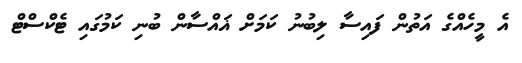
އެ މީހެއްގެ އަތުން ފައިސާ ލިބުނު ކަމަށް ޣައްސާން ބުނި ކަމުގައި ޓެކްސްޓް